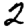
Digit: 2